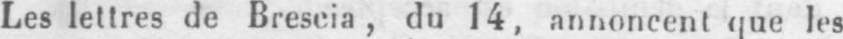
Les lettres de Breseia, du 14, annoncent que les